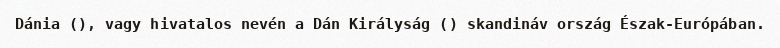
Dánia (), vagy hivatalos nevén a Dán Királyság () skandináv ország Észak-Európában.